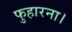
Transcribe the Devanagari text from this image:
फुहारना।